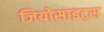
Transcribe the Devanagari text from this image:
जियोसाइट्स